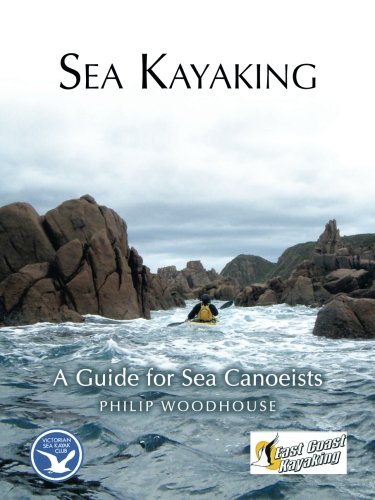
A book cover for Sea Kayaking: A Guide for Sea Canoeists; Philip Woodhouse; Sports & Outdoors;